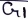
Text: G1